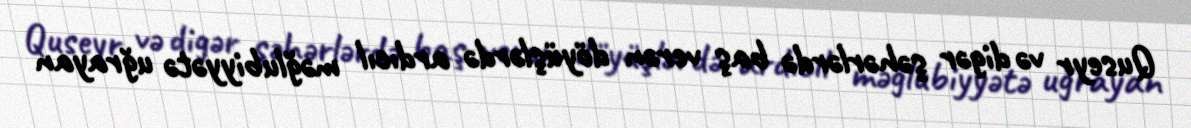
Quseyr və digər şəhərlərdə baş verən döyüşlərdə ardıcıl məğlubiyyətə uğrayan